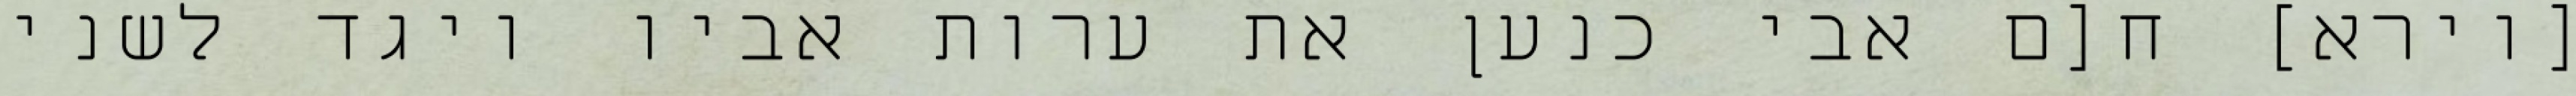
[וירא] ח[ם אבי כנען את ערות אביו ויגד לשני